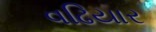
વઢિયાર